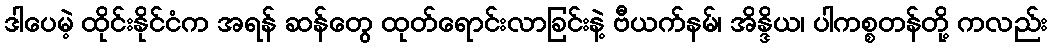
ဒါပေမဲ့ ထိုင်းနိုင်ငံက အရန် ဆန်တွေ ထုတ်ရောင်းလာခြင်းနဲ့ ဗီယက်နမ်၊ အိန္ဒိယ၊ ပါကစ္စတန်တို့ ကလည်း